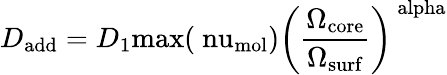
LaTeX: D_{\mathrm{add}}=D_{1}\mathrm{{max}(\ nu_{\mathrm{mol}})\left(\frac{\Omega_{\mathrm{core}}}{\Omega_{\mathrm{surf}}}\right)^{\ alpha}}